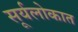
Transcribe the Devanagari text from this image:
सूर्यलोकात